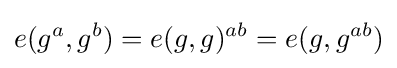
e(g^{a},g^{b})=e(g,g)^{ab}=e(g,g^{ab})